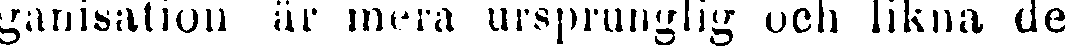
ganisation är mera ursprunglig och likna de